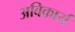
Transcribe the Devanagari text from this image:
अविकार्य